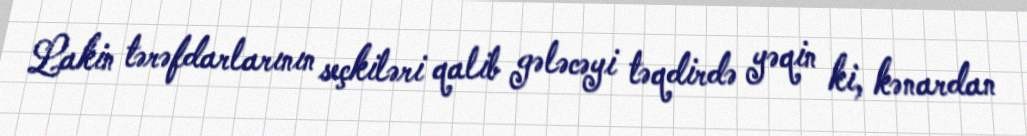
Lakin tərəfdarlarının seçkiləri qalib gələcəyi təqdirdə yəqin ki, kənardan